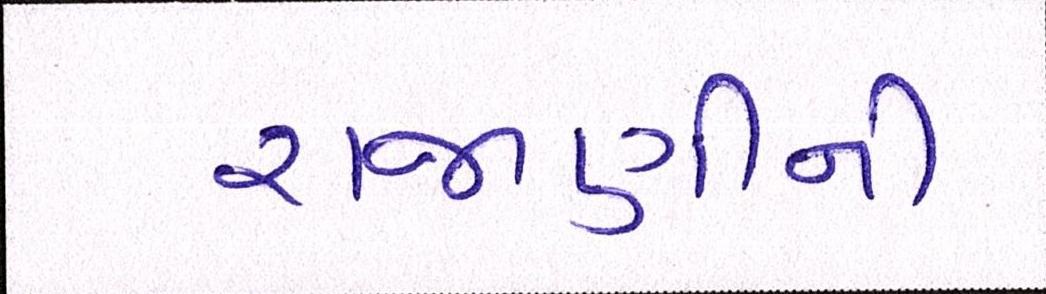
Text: રાજાણીની